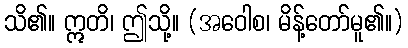
သိ၏။ ဣတိ၊ ဤသို့။ (အဝေါစ၊ မိန့်တော်မူ၏။)